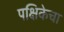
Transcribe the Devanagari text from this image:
पक्षिकेचा